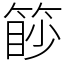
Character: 篎